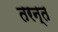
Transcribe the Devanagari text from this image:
तरन्त